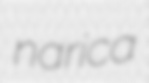
narica